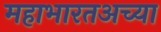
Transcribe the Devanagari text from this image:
महाभारतअच्या